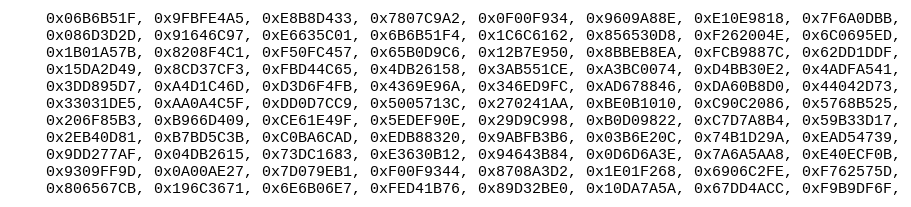
Language: C++
    0x06B6B51F, 0x9FBFE4A5, 0xE8B8D433, 0x7807C9A2, 0x0F00F934, 0x9609A88E, 0xE10E9818, 0x7F6A0DBB,
    0x086D3D2D, 0x91646C97, 0xE6635C01, 0x6B6B51F4, 0x1C6C6162, 0x856530D8, 0xF262004E, 0x6C0695ED,
    0x1B01A57B, 0x8208F4C1, 0xF50FC457, 0x65B0D9C6, 0x12B7E950, 0x8BBEB8EA, 0xFCB9887C, 0x62DD1DDF,
    0x15DA2D49, 0x8CD37CF3, 0xFBD44C65, 0x4DB26158, 0x3AB551CE, 0xA3BC0074, 0xD4BB30E2, 0x4ADFA541,
    0x3DD895D7, 0xA4D1C46D, 0xD3D6F4FB, 0x4369E96A, 0x346ED9FC, 0xAD678846, 0xDA60B8D0, 0x44042D73,
    0x33031DE5, 0xAA0A4C5F, 0xDD0D7CC9, 0x5005713C, 0x270241AA, 0xBE0B1010, 0xC90C2086, 0x5768B525,
    0x206F85B3, 0xB966D409, 0xCE61E49F, 0x5EDEF90E, 0x29D9C998, 0xB0D09822, 0xC7D7A8B4, 0x59B33D17,
    0x2EB40D81, 0xB7BD5C3B, 0xC0BA6CAD, 0xEDB88320, 0x9ABFB3B6, 0x03B6E20C, 0x74B1D29A, 0xEAD54739,
    0x9DD277AF, 0x04DB2615, 0x73DC1683, 0xE3630B12, 0x94643B84, 0x0D6D6A3E, 0x7A6A5AA8, 0xE40ECF0B,
    0x9309FF9D, 0x0A00AE27, 0x7D079EB1, 0xF00F9344, 0x8708A3D2, 0x1E01F268, 0x6906C2FE, 0xF762575D,
    0x806567CB, 0x196C3671, 0x6E6B06E7, 0xFED41B76, 0x89D32BE0, 0x10DA7A5A, 0x67DD4ACC, 0xF9B9DF6F,